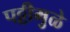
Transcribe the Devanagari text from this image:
पट्टीमुळे